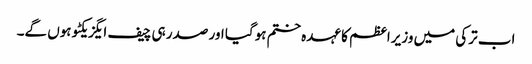
اب ترکی میں وزیراعظم کا عہدہ ختم ہوگیا اور صدر ہی چیف ایگزیکٹو ہوں گے۔